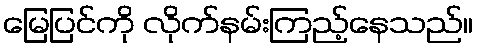
မြေပြင်ကို လိုက်နမ်းကြည့်နေသည်။